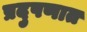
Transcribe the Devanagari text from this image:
प्रदुषणात